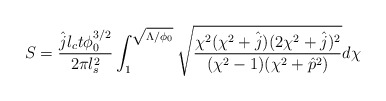
\begin{align*} S=\frac{\hat jl_ct\phi_0^{3/2}}{2\pi l_s^2}\int_1^{\sqrt{\Lambda/\phi_0}}\sqrt{\frac{\chi^2(\chi^2+\hat j)(2\chi^2+\hat j)^2}{(\chi^2-1)(\chi^2+\hat p^2)}}d\chi\end{align*}